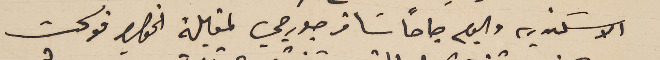
الاسكندريه واليوم صباحاً سَافر جورجي لمقابلة الخواجه فوكت